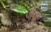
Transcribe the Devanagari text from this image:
जेजु